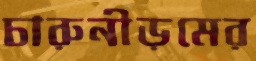
চারুনীড়মের